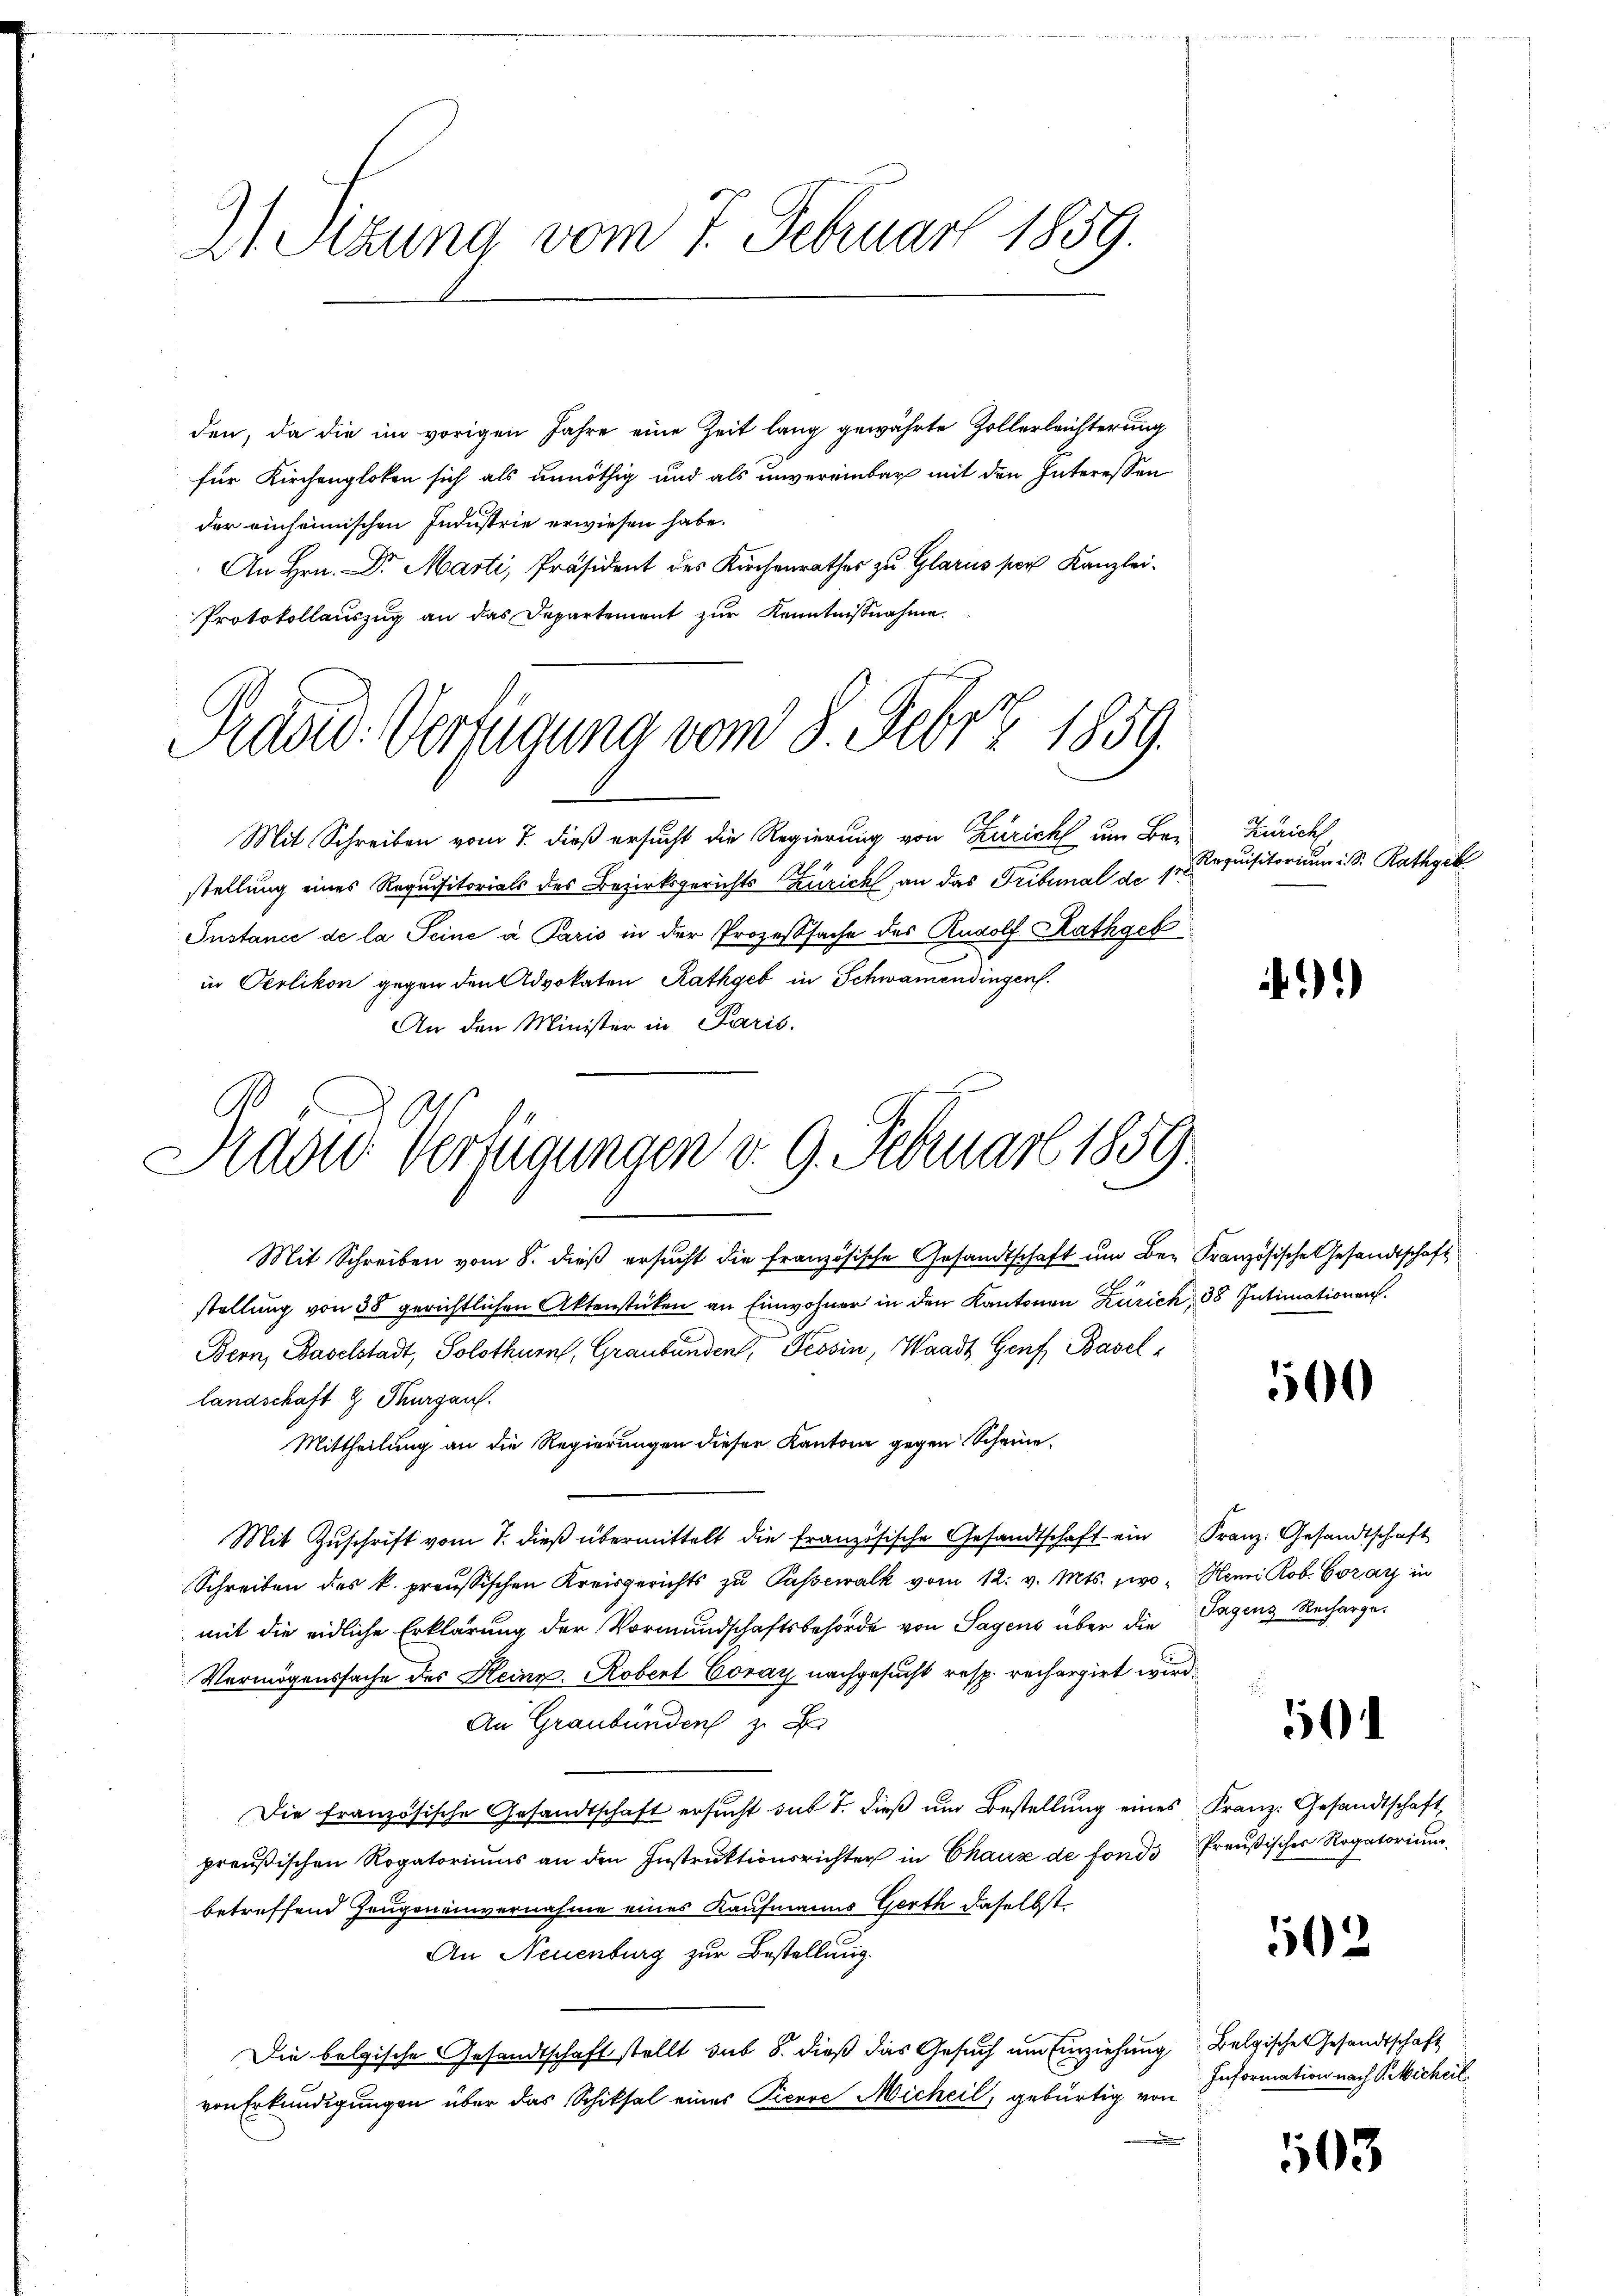
2 Sizung vom 7. Februar 1859.

den, da die im vorigen Jahre eine Zeit lang gewährte Zollerleichterung
für Kirchengloten sich als unnöthig und als unvereinbar mit den Interessen
der einheimischen Industrie erwiesen habe.
An Hrn. Dr. Marti, Präsident des Kirchenrathes zu Glarus ser Kanzlei-
Protokollauszug an das Departement zur Kenntnißnahme.
Mit Schreiben vom 7. dieß ersucht die Regierung von Zürich um Be-
stellung eines Requisitorials des Bezirksgerichts Zürich, an das Tribunal de 17
Instance de la Seine a Paris in der Prozeßsache des Rudolf Rathgeb
in Oerlikon gegen den Advokaten Rathgeb in Schwamendingen.
An den Minister in Paris.

Mit Schreiben vom 8. dieß ersucht die französische Gesandtschaft um Bei Französische Gesandtschaft
stellung von 38 gerichtlichen Aktenstücken an Einwohner in den Kantonen Zürich, 38 Intimationen
Bern, Baselstadt, Solothurn, Graubünden, Tessin, Waadt Genf, Basel,
landschaft & Thurgau.
Mittheilung an die Regierungen dieser Kanton gegen Scheine¬
Mit Zŭschrift vom 7. dieβ übermittelt die französische Gesandtschaft ein Franz: Gesandtschaft
Schreiben des k. preussischen Kreisgerichts zu Passewalk vom 12. v. Mts. zwo Hemi Rob. Corar in
mit die eidliche Erklärung der Vormundschaftsbehörde von Sagens über die Tagenz Recharge¬
Vermögenssache des Heinr. Robert Coray nachgesucht resp. recherzirt wird.
An Graubünden z. B
Die französische Gesandtschaft ersucht auf 1. dieß um Bestellung eines Franz: Gesandtschaft
preußischen Rogatoriums an den Instruktionsrichter in Chaux de fonds Preußisches Rogatorium,
betreffend Zeugeneinvernahme eines Kaufmanns Gerth daselbst
An Neuenburg zur Bestellung.
Die belgische Gesandtschaft stellt sub 6. dieß das Gesuch um Einziehung Belgische Gesandtschaft
von Erkundigungen über das Schiksal eines Pierre Micheil, gebürtig von

Adow. Verfügung vom 8. Febr 1859.

h
Aadu Verfügungen v. 9. Februar 1859

Zürich
Requisitorium i. S. Rathgeb

)

500

501

502

Information nach Sicherl

103